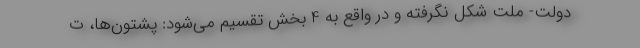
دولت- ملت شکل نگرفته و در واقع به 4 بخش تقسیم می‌شود: پشتون‌ها، ت